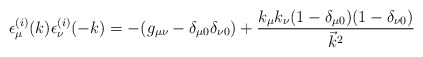
\begin{align*}\epsilon ^{(i)}_\mu (k) \epsilon_\nu^{( i)}(-k)=-(g_{\mu\nu} -\delta _{\mu 0}\delta _{\nu 0})+ \frac{ k_\mu k_\nu (1-\delta _{\mu 0})(1-\delta _{\nu0})}{\vec{k}^2}\end{align*}